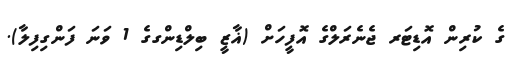
ގެ ކުރިން އޮޑިޓަރ ޖެނެރަލްގެ އޮފީހަށް (ޣާޒީ ބިލްޑިންގގެ 1 ވަނަ ފަންގިފިލާ).